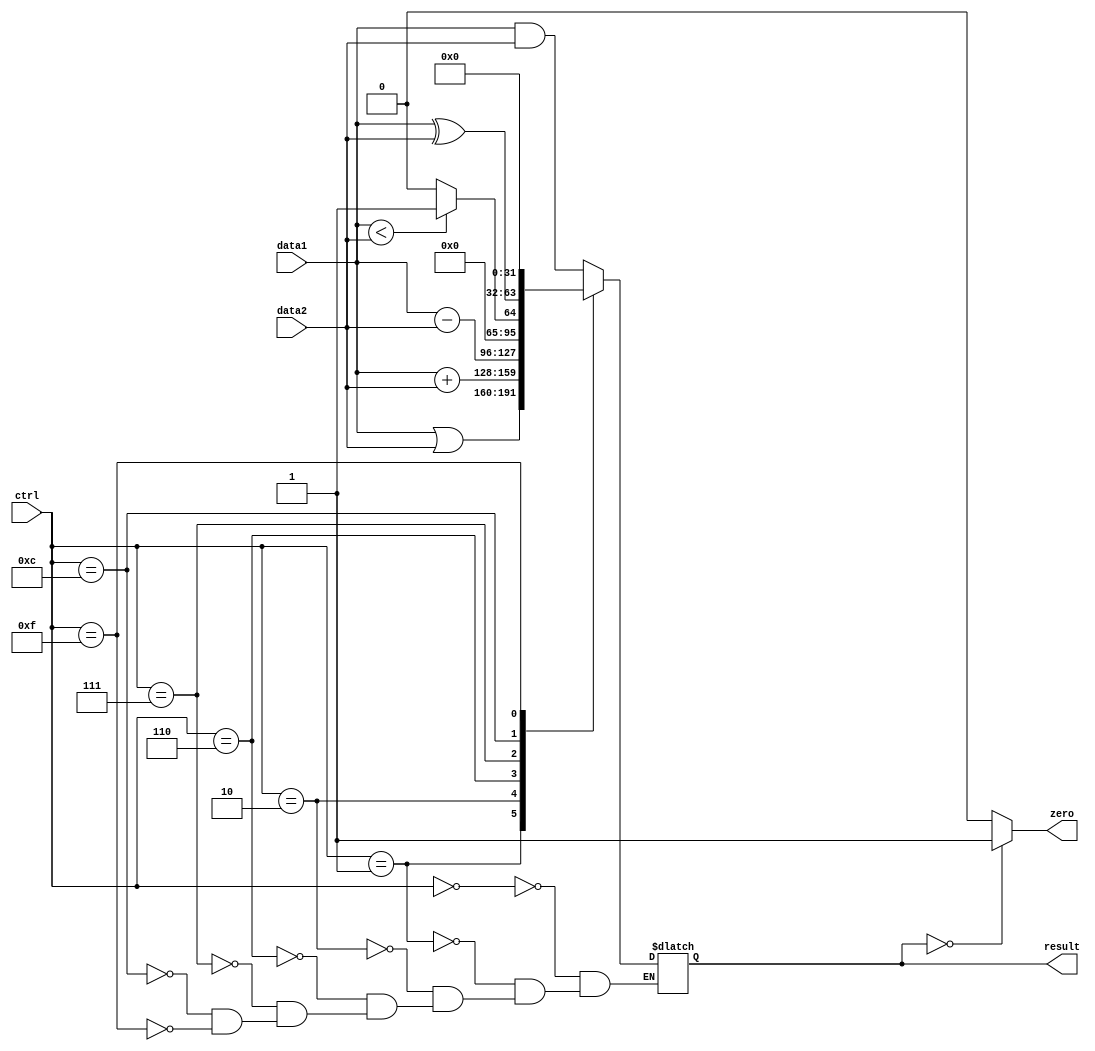
module ALU(data1, data2, ctrl, zero, result);
	input [31:0] data1, data2;
	input [3:0] ctrl;
	output reg zero;
	output reg [31:0] result;
	
	always@ (ctrl or data1 or data2) begin
	// write the condition of operation
	// refer to below for ALU operation
	// if(ctrl = 4'b0000) result = data1 & data2
	// if(ctrl = 4'b0001) result = data | data2
	// if(ctrl = 4'b0010) result = data + data2;
	// if(ctrl = 4'b0110) result = data1 - data2;
	// ... 
		case(ctrl)
			4'b0000 : result <= data1 & data2; // AND
			4'b0001 : result <= data1 | data2; // OR
			4'b0010 : result <= data1 + data2; // ADD
			4'b0110 : result <= data1 - data2; // SUB
			4'b0111 : // set on less then
				begin
					if (data1 < data2) result <= 1;
					else result <= 0;
				end
			4'b1100 : result <= data1 ^ data2; // XOR
			4'b1111 : result <= 0; // NOP
		endcase
	end

	always@ (result) begin
	// write the condition of zero
		if (result == 0) zero <= 1'b1;
		else zero <= 1'b0;
	end
		
endmodule